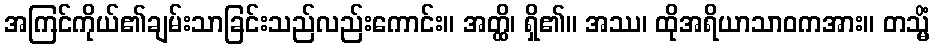
အကြင်ကိုယ်၏ချမ်းသာခြင်းသည်လည်းကောင်း။ အတ္ထိ၊ ရှိ၏။ အဿ၊ ထိုအရိယာသာဝကအား။ တသ္မိံ